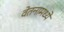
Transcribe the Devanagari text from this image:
वेतनामध्ये